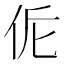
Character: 𠈁